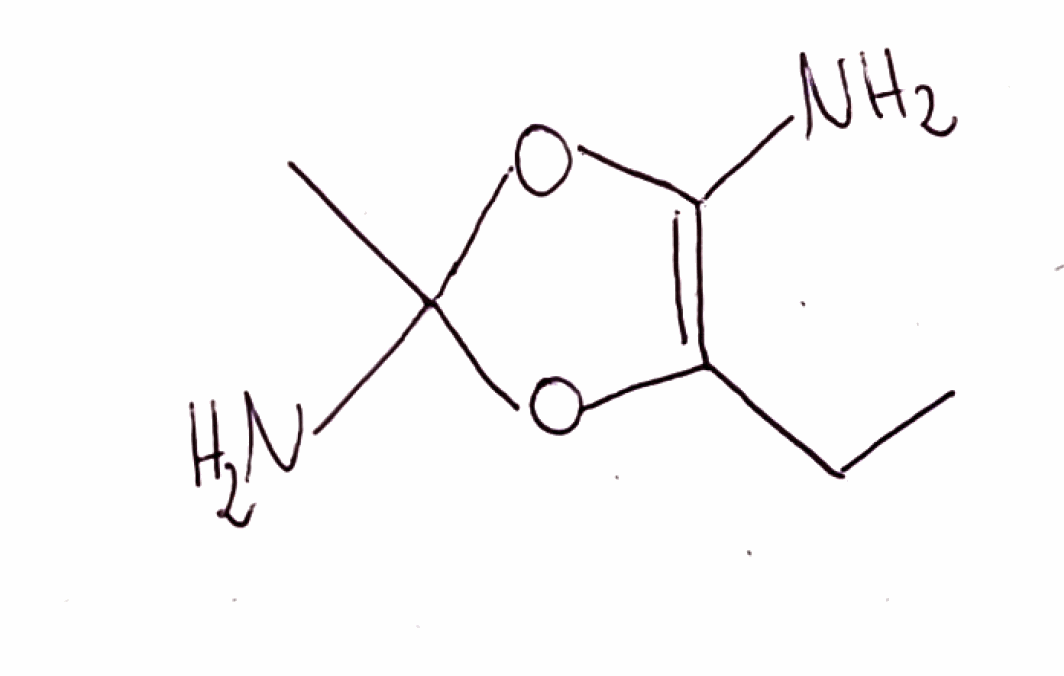
Simplified molecular-input line-entry system (SMILES) notation of the given molecule:
CCC1=C(OC(O1)(C)N)N